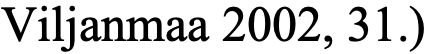
Viljanmaa 2002, 31.)